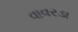
વાવરડા